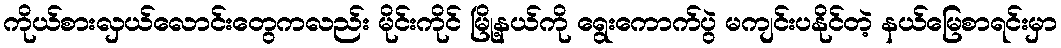
ကိုယ်စားလှယ်လောင်းတွေကလည်း မိုင်းကိုင် မြို့နယ်ကို ရွေးကောက်ပွဲ မကျင်းပနိုင်တဲ့ နယ်မြေစာရင်းမှာ